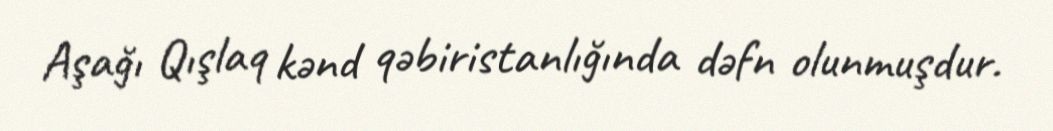
Aşağı Qışlaq kənd qəbiristanlığında dəfn olunmuşdur.